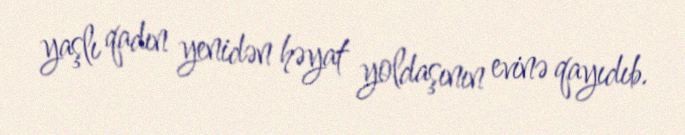
yaşlı qadın yenidən həyat yoldaşının evinə qayıdıb.